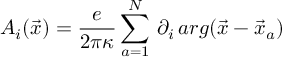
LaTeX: A _ { i } ( \vec { x } ) = \frac { e } { 2 \pi \kappa } \sum _ { a = 1 } ^ { N } \, \partial _ { i } \, a r g ( \vec { x } - \vec { x } _ { a } )